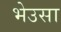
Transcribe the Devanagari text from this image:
भेउसा